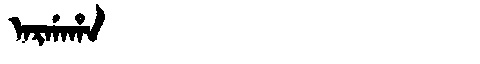
Manchu: ᠠᡵᡤᠠᡥᠠ
Romanization: ARGAHA